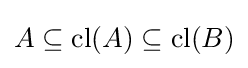
A\subseteq {\text{cl}}(A)\subseteq {\text{cl}}(B)